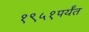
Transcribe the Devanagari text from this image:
१९५१पर्यंत